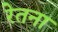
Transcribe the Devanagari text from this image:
रेतना